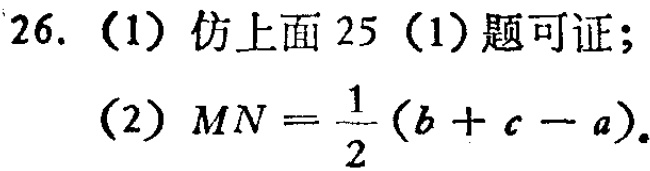
26. (1) 仿上面 25 (1) 题可证；
(2) \(MN = \frac{1}{2}(b + c - a)\)。